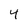
Character: 4